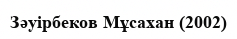
Зәуірбеков Мұсахан (2002)